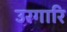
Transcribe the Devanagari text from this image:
उरगारि